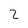
Character: 2